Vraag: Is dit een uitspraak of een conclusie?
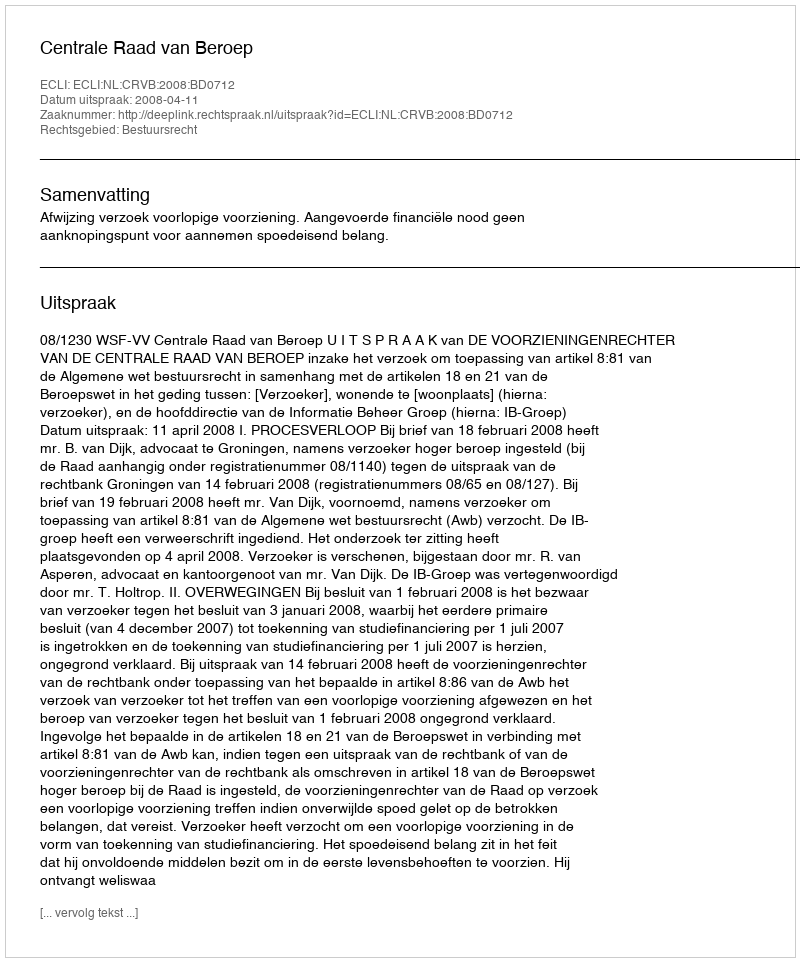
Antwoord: Uitspraak